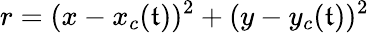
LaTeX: r=(x-x_{c}(\mathfrak{t}))^{2}+(y-y_{c}(\mathfrak{t}))^{2}